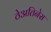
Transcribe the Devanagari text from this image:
ठेअतिनेस